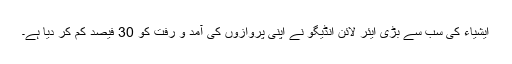
ایشیاء کی سب سے بڑی ایئر لائن انڈیگو نے اپنی پروازوں کی آمد و رفت کو 30 فیصد کم کر دیا ہے۔